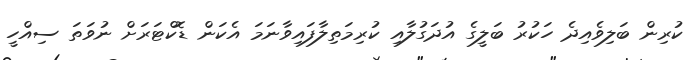
ކުރިން ބަލިވެއިދެ ހަކުރު ބަލީގެ އުދަގުލާއި ކުރިމަތިލާފައިވާނަމަ އެކަން ޑޮކްޓަރަށް ނުވަތަ ސިއްހީ